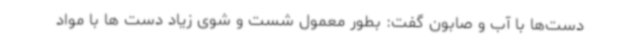
دست‌ها با آب و صابون گفت: بطور معمول شست و شوی زیاد دست ها با مواد